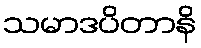
သမာဒပိတာနိ